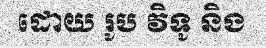
ដោយ រូប វិទូ និង